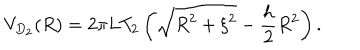
V _ { D _ { 2 } } ( R ) = 2 \pi L T _ { 2 } \left( \sqrt { R ^ { 2 } + \xi ^ { 2 } } - \frac { h } { 2 } R ^ { 2 } \right) .